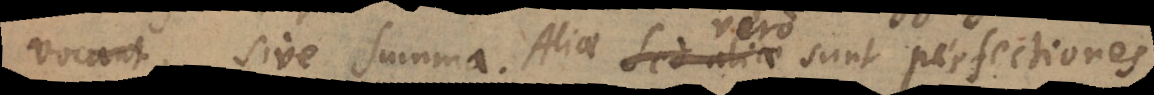
vocant, sive summa. Aliae vero sunt perfectiones,